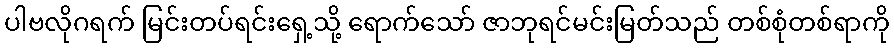
ပါဗလိုဂရက် မြင်းတပ်ရင်းရှေ့သို့ ရောက်သော် ဇာဘုရင်မင်းမြတ်သည် တစ်စုံတစ်ရာကို